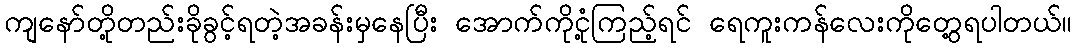
ကျနော်တို့တည်းခိုခွင့်ရတဲ့အခန်းမှနေပြီး အောက်ကိုငုံ့ကြည့်ရင် ရေကူးကန်လေးကိုတွေ့ရပါတယ်။